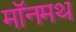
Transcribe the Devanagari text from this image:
मॉनमथ